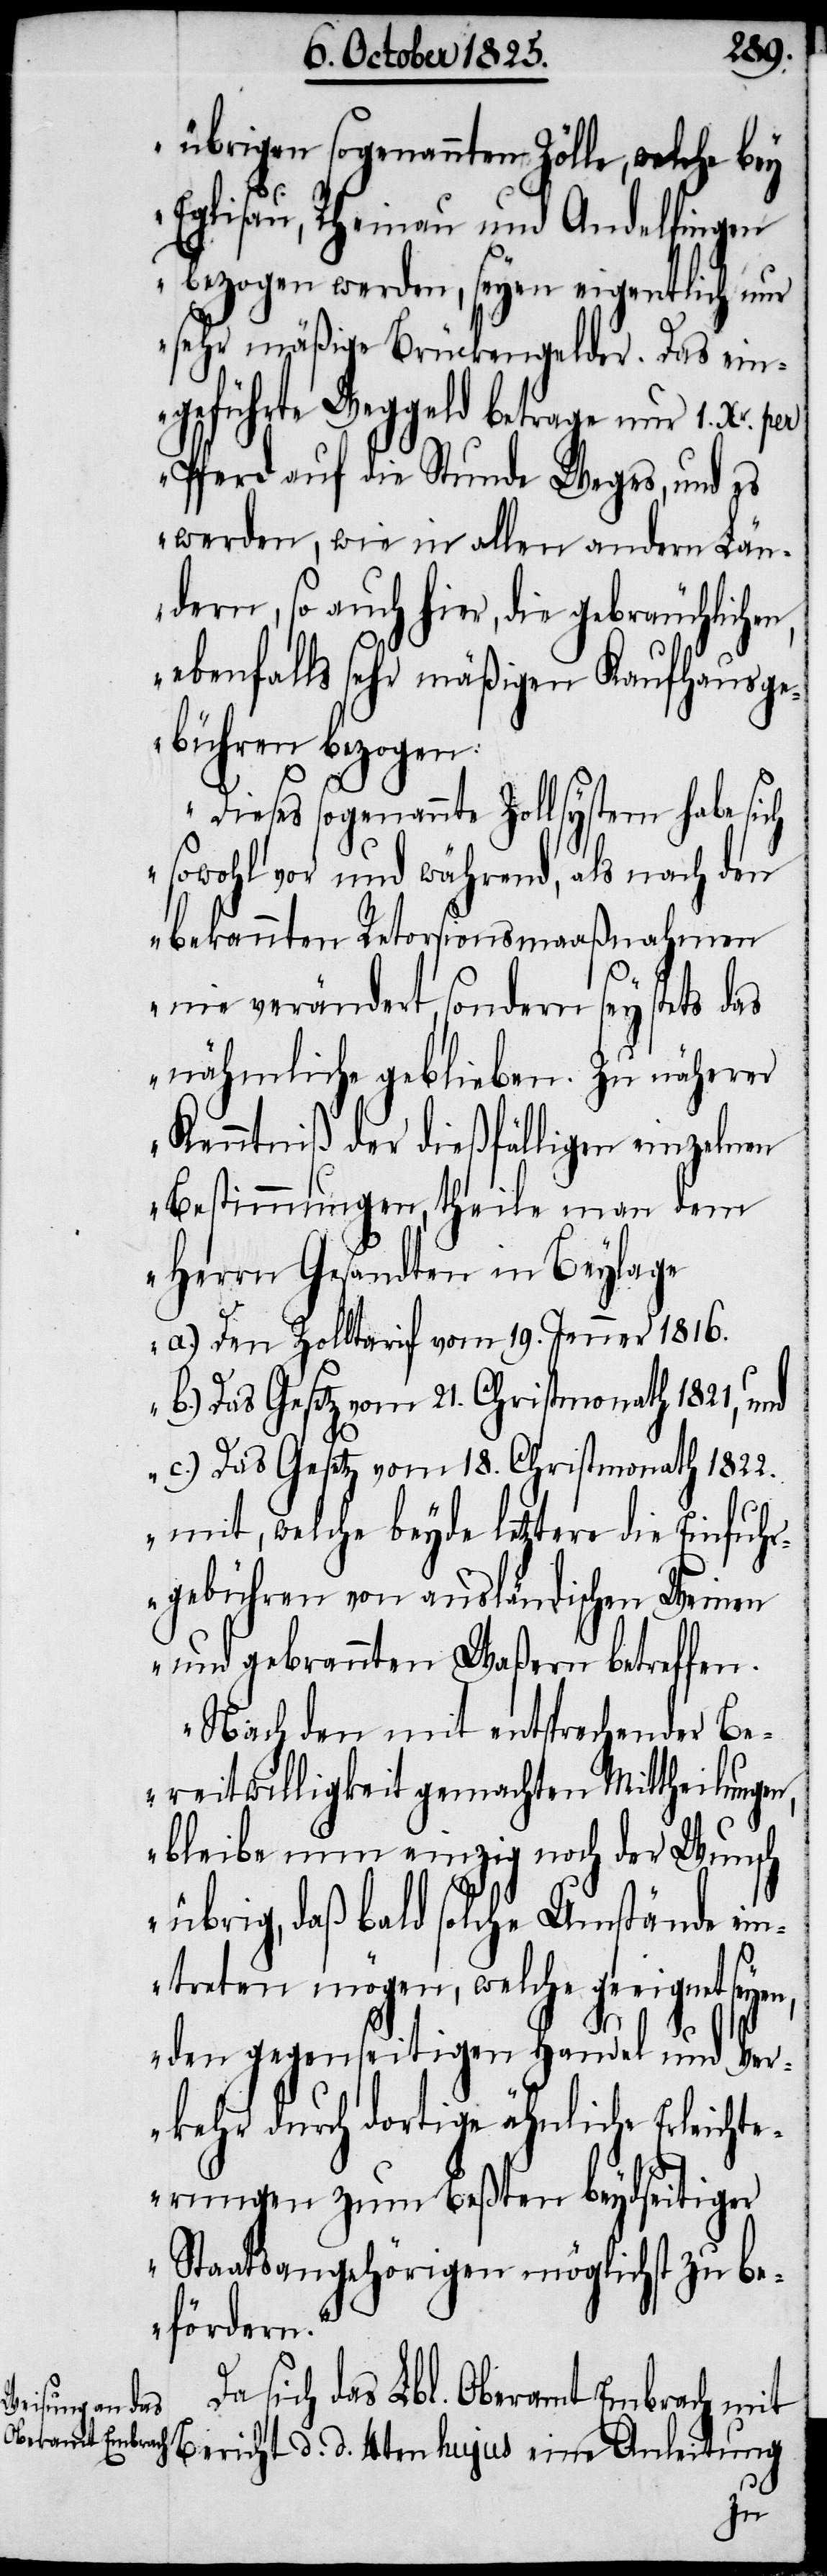
übrigen sogenannten Zölle, welche bey
Eglisau, Rheinau und Andelfingen
bezogen werden, seyen entgeltlich nur
sehr mäßige Brückengelder. Das ein¬
geführte Weggeld betrage nur 1. Xr.
Pferd auf die Stunde Weges, und es
werden, wie in allen andern Län¬
dern, so auch hier, die gebräuchlichen,
ebenfalls sehr mäßigen Kaufhausge¬
bühren bezogen.
Dieses sogenannte Zollsystem habe sich
sowohl vor und während, als nach den
bekannten Retorsionsmaaßnahmen
nie verändert, sondern sey stets das
nähmliche geblieben. Zu näherer
Kenntniß der dießfälligen einzelnen
Bestimmungen, theile man dem
Herrn Gesandten in Beylage
a.) Den Zolltarif vom 19. Jenner 1816.
b.) Das Gesetz vom 21. Christmonath 1821, und
c.) Das Gesetz vom 18. Christmonath 1822.
mit, welche beyde letztere die Einfuhr¬
gebühren von ausländischen Weinen
und gebrannten Waßern betreffen.
Nach den mit entsprechender Be¬
reitwilligkeit gemachten Mittheilungen,
bleibe nun einzig noch der Wunsch
übrig, daß bald solche Umstände ei¬
ntreten mögen, welche geeignet seyen,
den gegenseitigen Handel und Ver¬
kehr durch dortige ähnliche Erleichte¬
rungen zum beßten beydseitiger
Staatsangehörigen möglichst zu be¬
fördern“.
Da sich das Lbl. Oberamt Embrach mit
Bericht d. d. 4ten hujus eine Anleitung